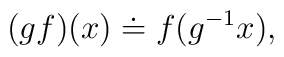
(gf)(x)\doteq f(g^{-1}x),